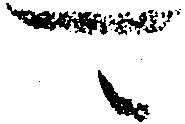
可